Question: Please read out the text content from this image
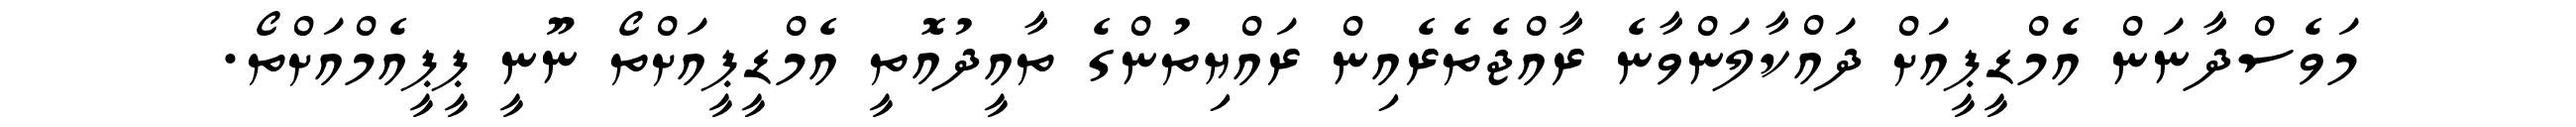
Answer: މަވެސްދާނަން އެމްޑީޕީއަށް ދައްކާލަންވާނެ ރާއްޖެތެރެއިން ރައްޔިތުންގެ ތާއީދުއޮތީ އެމްޑީޕީއަށްތޯ ނޫނީ ޕީޕީއެމްއަށްތޯ.